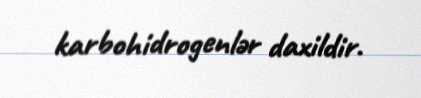
karbohidrogenlər daxildir.